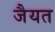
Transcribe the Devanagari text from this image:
जैयत